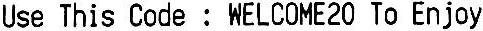
USE THIS CODE : WELCOME20 TO ENJOY